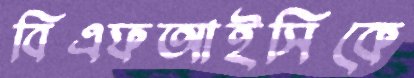
বিএফআইসিকে